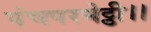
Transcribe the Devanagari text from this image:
पंचपरमेट्ठी।।